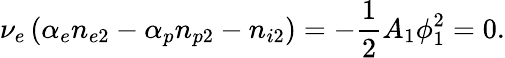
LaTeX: \nu_{e}\left(\alpha_{e}n_{e2}-\alpha_{p}n_{p2}-n_{i2}\right)=-\frac{1}{2}A_{1}\phi_{1}^{2}=0.